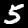
Label: 5